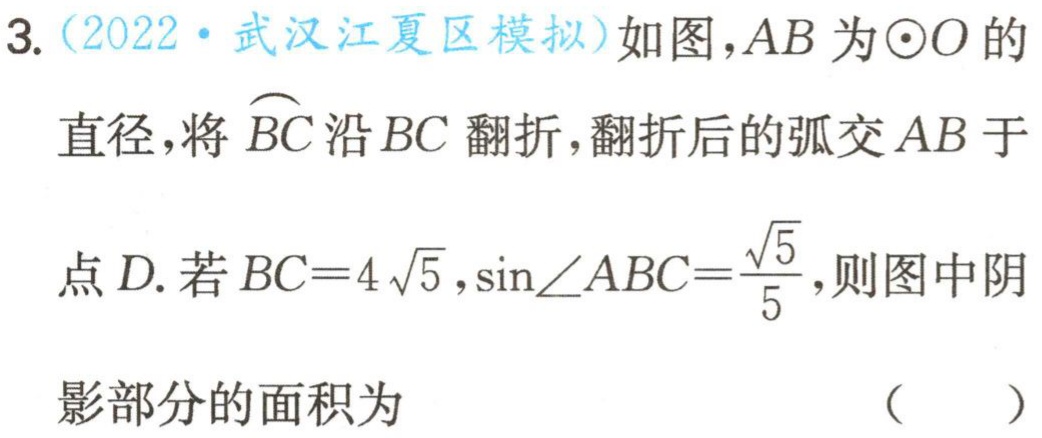
3.（2022·武汉江夏区模拟）如图，$AB$为$\odot O$的直径，将$\overset{\frown}{BC}$沿$BC$翻折，翻折后的弧交$AB$于点$D$. 若$BC = 4\sqrt{5}，\sin\angle ABC=\frac{\sqrt{5}}{5}$，则图中阴影部分的面积为 （  ）